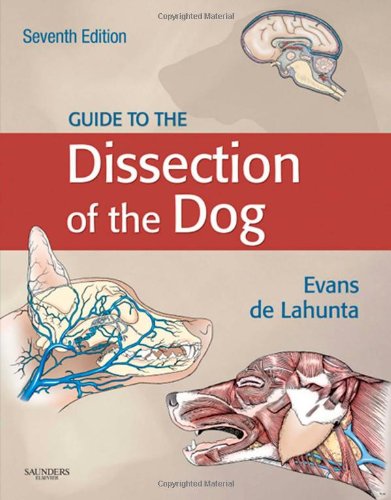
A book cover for Guide to the Dissection of the Dog, 7e (.NET Developers Series); Howard E. Evans PhD; Medical Books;